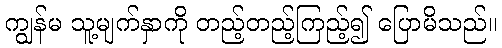
ကျွန်မ သူ့မျက်နှာကို တည့်တည့်ကြည့်၍ ပြောမိသည်။